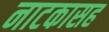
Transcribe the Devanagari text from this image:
नाटकासह